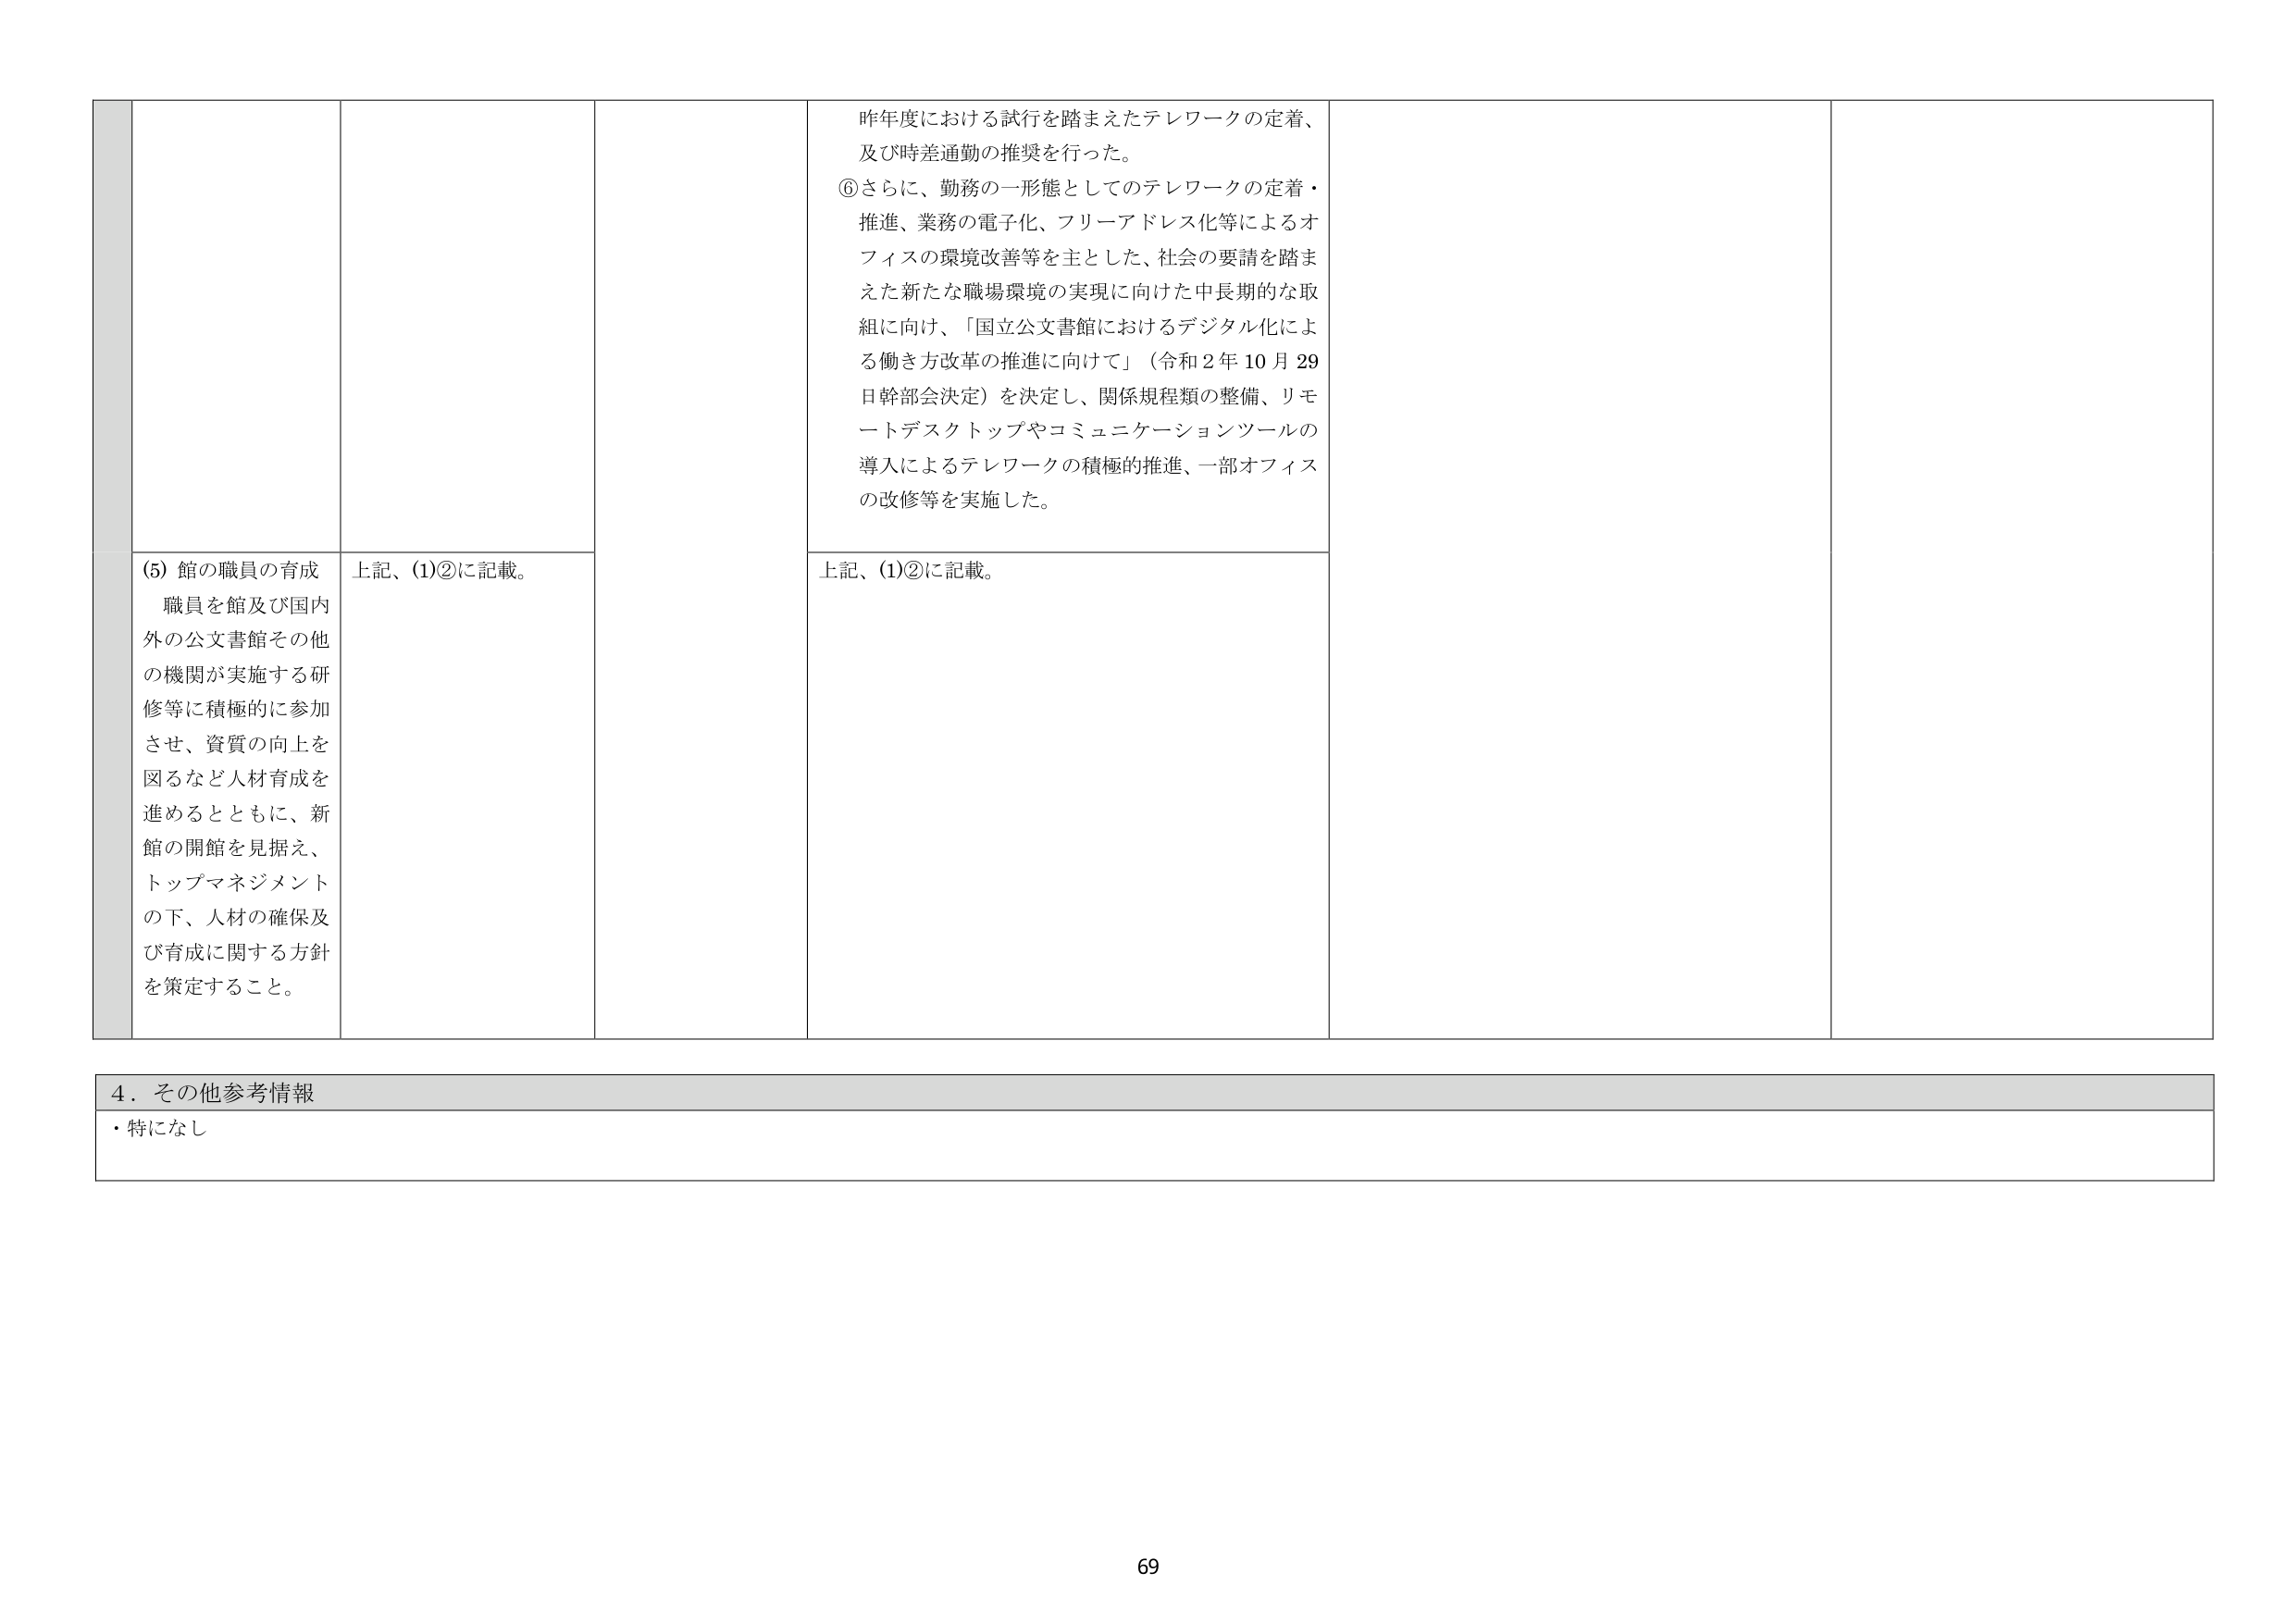
昨年度における試行を踏まえたテレワークの定着、
及び時差通勤の推奨を行った。
⑥さらに、勤務の一形態としてのテレワークの定着・
推進、業務の電子化、フリーアドレス化等によるオ
フィスの環境改善等を主とした、社会の要請を踏ま
えた新たな職場環境の実現に向けた中長期的な取
組に向け、「国立公文書館におけるデジタル化によ
る働き方改革の推進に向けて」（令和２年10月29
日幹部会決定）を決定し、関係規程類の整備、リモ
ートデスクトップやコミュニケーションツールの
導入によるテレワークの積極的推進、一部オフィス
の改修等を実施した。

(5) 館の職員の育成
職員を館及び国内外の公文書館その他
の機関が実施する研修等に積極的に参加
させ、資質の向上を図るなど人材育成を
進めるとともに、新館の開館を見据え、
トップマネジメントの下、人材の確保及
び育成に関する方針を策定すること。
上記、(1)②に記載。
上記、(1)②に記載。

４．その他参考情報
・特になし

69